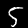
Digit: 5